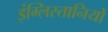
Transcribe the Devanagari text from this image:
इंग्लिस्तानियों